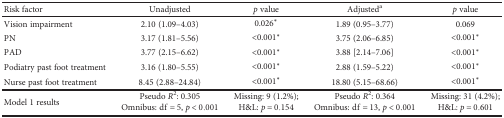
<table><thead><tr><td><b>Risk factor</b></td><td><b>Unadjusted</b></td><td><b><i>p</i> value</b></td><td><b>Adjusted<sup>a</sup></b></td><td><b><i>p</i> value</b></td></tr></thead><tbody><tr><td>Vision impairment</td><td>2.10 (1.09–4.03)</td><td>0.026<sup>∗</sup></td><td>1.89 (0.95–3.77)</td><td>0.069</td></tr><tr><td>PN</td><td>3.17 (1.81–5.56)</td><td>&lt;0.001<sup>∗</sup></td><td>3.75 (2.06–6.85)</td><td>&lt;0.001<sup>∗</sup></td></tr><tr><td>PAD</td><td>3.77 (2.15–6.62)</td><td>&lt;0.001<sup>∗</sup></td><td>3.88 [2.14–7.06]</td><td>&lt;0.001<sup>∗</sup></td></tr><tr><td>Podiatry past foot treatment</td><td>3.16 (1.80–5.55)</td><td>&lt;0.001<sup>∗</sup></td><td>2.88 (1.59–5.22)</td><td>&lt;0.001<sup>∗</sup></td></tr><tr><td>Nurse past foot treatment</td><td>8.45 (2.88–24.84)</td><td>&lt;0.001<sup>∗</sup></td><td>18.80 (5.15–68.66)</td><td>&lt;0.001<sup>∗</sup></td></tr><tr><td>Model 1 results</td><td>Pseudo <i>R</i><sup>2</sup>: 0.305Omnibus: df = 5, <i>p</i> &lt; 0.001</td><td>Missing: 9 (1.2%);H&amp;L: <i>p</i> = 0.154</td><td>Pseudo <i>R</i><sup>2</sup>: 0.364Omnibus: df = 13, <i>p</i> &lt; 0.001</td><td>Missing: 31 (4.2%);H&amp;L: <i>p</i> = 0.601</td></tr></tbody></table>